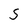
Character: S